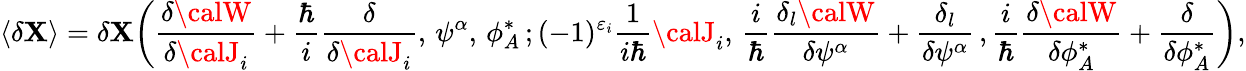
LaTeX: \langle\delta\mathbf{X}\rangle=\delta\mathbf{X}\bigg(\frac{{\delta{\calW}}}{{\delta{\calJ}_{i}}}+\frac{{\hbar}}{{i}}\frac{{\delta}}{{\delta{\calJ}_{i}}},\, \psi^{\alpha},\, \phi_{A}^{*}\, ;(-1)^{\varepsilon_{i}}\frac{{1}}{{i\hbar}}{\calJ}_{i},\, \frac{{i}}{{\hbar}}\frac{{\delta_{l}{\calW}}}{{\delta\psi^{\alpha}}}+\frac{{\delta_{l}}}{{\delta\psi^{\alpha}}}\, ,\frac{{i}}{{\hbar}}\frac{{\delta{\calW}}}{{\delta\phi_{A}^{*}}}+\frac{{\delta}}{{\delta\phi_{A}^{*}}}\bigg),